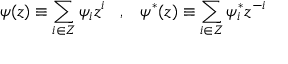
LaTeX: \psi ( z ) \equiv \sum _ { i \in Z } \psi _ { i } z ^ { i } \; \; \; , \; \; \; \psi ^ { \ast } ( z ) \equiv \sum _ { i \in Z } \psi _ { i } ^ { \ast } z ^ { - i }